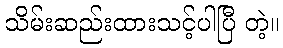
သိမ်းဆည်းထားသင့်ပါပြီ တဲ့။